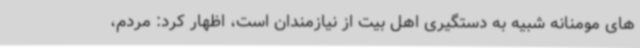
های مومنانه شبیه به دستگیری اهل بیت از نیازمندان است، اظهار کرد: مردم،